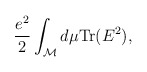
\begin{align*}{e^2\over 2} \int_{\cal M} d\mu {\rm Tr}(E^2),\end{align*}